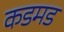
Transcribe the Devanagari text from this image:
कडमड